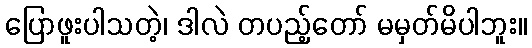
ပြောဖူးပါသတဲ့၊ ဒါလဲ တပည့်တော် မမှတ်မိပါဘူး။